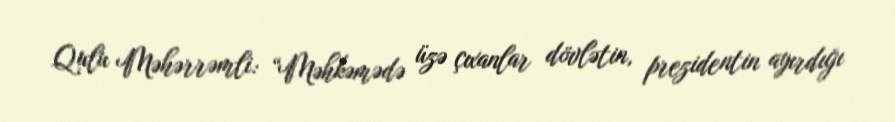
Qulu Məhərrəmli: “Məhkəmədə üzə çıxanlar dövlətin, prezidentin ayırdığı